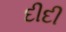
દીદી